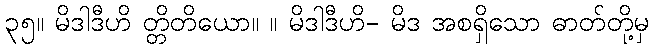
၃၅။ မိဒါဒီဟိ တ္တိတိယော။ ။ မိဒါဒီဟိ- မိဒ အစရှိသော ဓာတ်တို့မှ